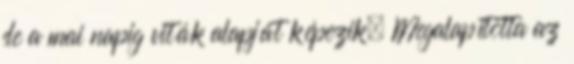
de a mai napig viták alapját képezik. Megalapította az